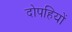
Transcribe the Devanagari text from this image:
दोपहियों